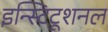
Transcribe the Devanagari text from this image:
इन्स्टिटूशनल